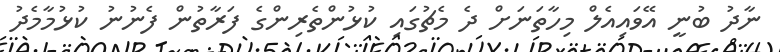
ނާދު ބުނީ އޭވައިއެލް މިހާތަނަށް ދެ މެޗުގައި ކުޅުންތެރިންގެ ފަރާތުން ފެނުނު ކުޅުމާމެދު